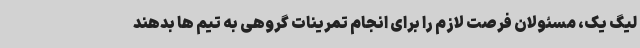
لیگ یک، مسئولان فرصت لازم را برای انجام تمرینات گروهی به تیم ها بدهند